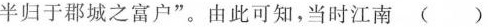
半归于郡城之富户”。由此可知，当时江南 ()